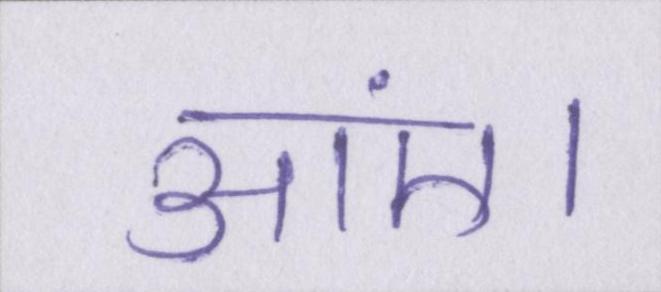
आएं।